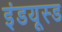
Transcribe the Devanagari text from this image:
इंडयूस्ड